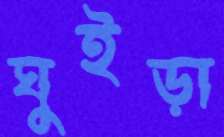
ঘুইড়া